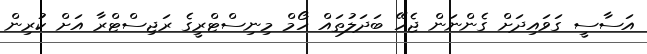
އަސާސީ ގަވައިދަށް ގެންނަން ޖެހޭ ބަދަލުތައް ހޯމް މިނިސްޓްރީގެ ރަޖިސްޓްރާ އަށް ކުރިން